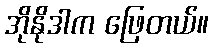
အိုနိုဒါက ဖြေတယ်။